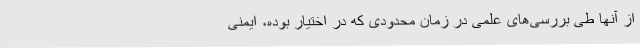
از آنها طی بررسی‌های علمی در زمان محدودی که در اختیار بوده، ایمنی